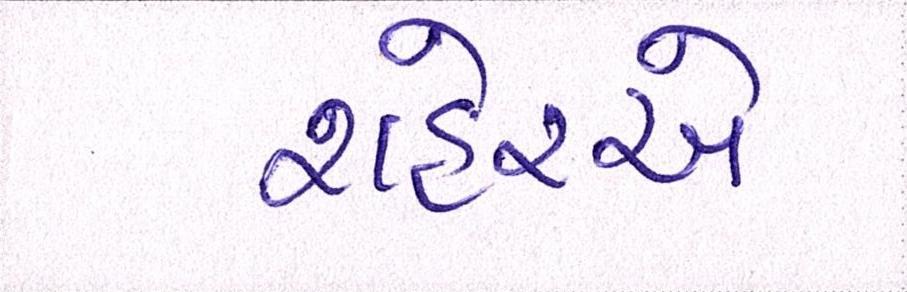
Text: શહેરએ